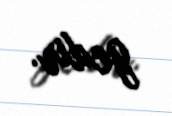
gedir.